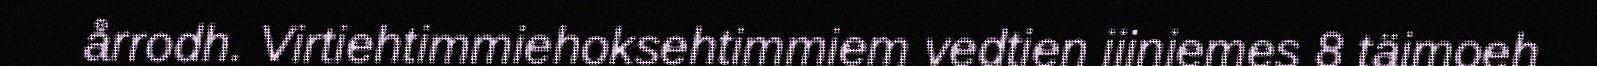
årrodh. Virtiehtimmiehoksehtimmiem vedtien jijnjemes 8 täjmoeh